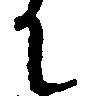
に